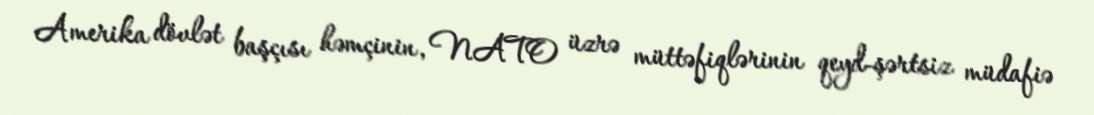
Amerika dövlət başçısı həmçinin, NATO üzrə müttəfiqlərinin qeyd-şərtsiz müdafiə